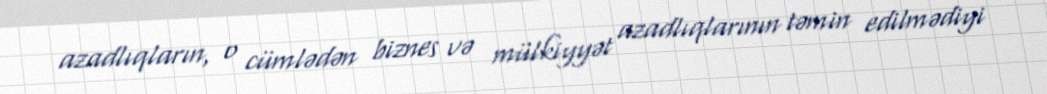
azadlıqların, o cümlədən biznes və mülkiyyət azadlıqlarının təmin edilmədiyi